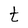
Character: t